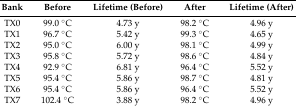
<table><thead><tr><td><b>Bank</b></td><td><b>Before</b></td><td><b>Lifetime (Before)</b></td><td><b>After</b></td><td><b>Lifetime (After)</b></td></tr></thead><tbody><tr><td>TX0</td><td>99.0 °C</td><td>4.73 y</td><td>98.2 °C</td><td>4.96 y</td></tr><tr><td>TX1</td><td>96.7 °C</td><td>5.42 y</td><td>99.3 °C</td><td>4.65 y</td></tr><tr><td>TX2</td><td>95.0 °C</td><td>6.00 y</td><td>98.1 °C</td><td>4.99 y</td></tr><tr><td>TX3</td><td>95.8 °C</td><td>5.72 y</td><td>98.6 °C</td><td>4.84 y</td></tr><tr><td>TX4</td><td>92.9 °C</td><td>6.81 y</td><td>96.4 °C</td><td>5.52 y</td></tr><tr><td>TX5</td><td>95.4 °C</td><td>5.86 y</td><td>98.7 °C</td><td>4.81 y</td></tr><tr><td>TX6</td><td>95.4 °C</td><td>5.86 y</td><td>96.4 °C</td><td>5.52 y</td></tr><tr><td>TX7</td><td>102.4 °C</td><td>3.88 y</td><td>98.2 °C</td><td>4.96 y</td></tr></tbody></table>